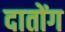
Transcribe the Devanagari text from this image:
दातोंग